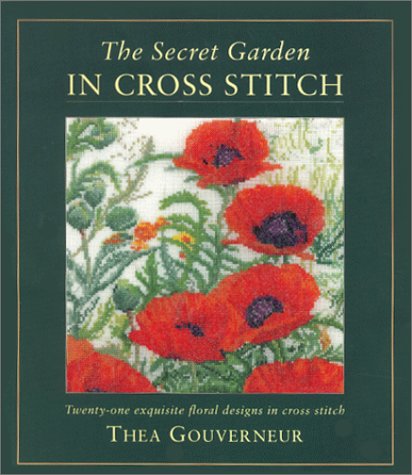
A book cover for The Secret Garden in Cross Stitch; Thea Gouverneur; Crafts, Hobbies & Home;